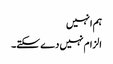
ہم انہیں
الزام نہیں دے سکتے۔